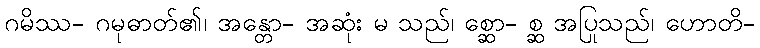
ဂမိဿ- ဂမုဓာတ်၏၊ အန္တော- အဆုံး မ သည်၊ စ္ဆော- စ္ဆ အပြုသည်၊ ဟောတိ-